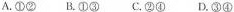
A.①② B.①③ C.②① D.③④